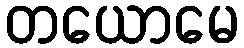
တယောမေ